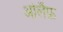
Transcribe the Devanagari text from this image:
ओलैफ़